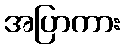
အပြာကား